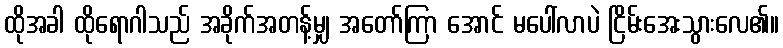
ထိုအခါ ထိုရောဂါသည် အခိုက်အတန့်မျှ အတော်ကြာ အောင် မပေါ်လာပဲ ငြိမ်းအေးသွားလေ၏။